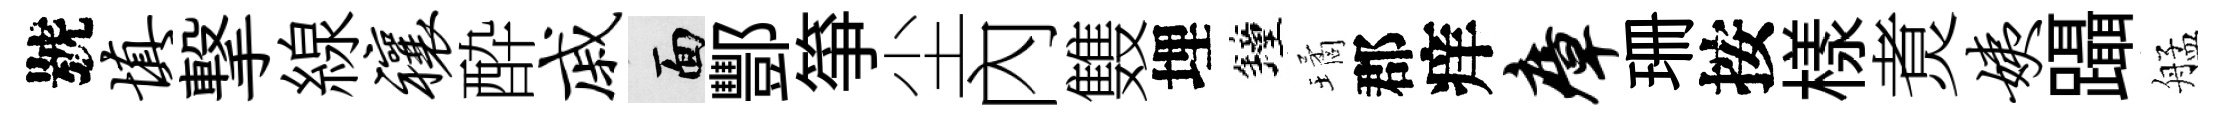
號填撃線禳酔戚面酆箏尘內䨇埋鐘璚郡痒瘴珊按樣煑姨躡艋